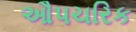
ઔપચરિક